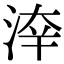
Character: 𣷟